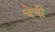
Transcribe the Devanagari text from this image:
चेची